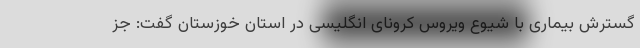
گسترش بیماری با شیوع ویروس کرونای انگلیسی در استان خوزستان گفت: جز